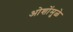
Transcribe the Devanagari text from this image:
ओशोंमुळे